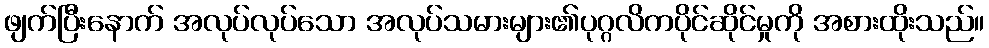
ဖျက်ပြီးနောက် အလုပ်လုပ်သော အလုပ်သမားများ၏ပုဂ္ဂလိကပိုင်ဆိုင်မှုကို အစားထိုးသည်။